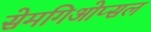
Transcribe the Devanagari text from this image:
सेमगिओप्सल